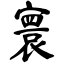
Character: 寰